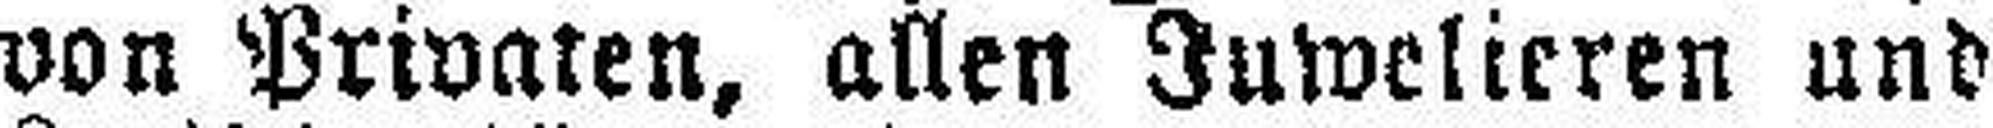
von Privaten, allen Juwelieren und